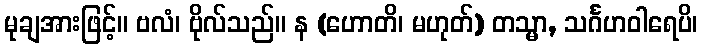
မုချအားဖြင့်။ ဗလံ၊ ဗိုလ်သည်။ န (ဟောတိ၊ မဟုတ်) တသ္မာ, သင်္ဂဟဝါရေပိ၊